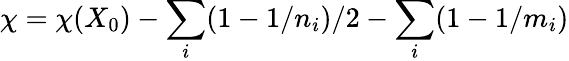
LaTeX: \chi=\chi(X_{0})-\sum_{i}(1-1/n_{i})/2-\sum_{i}(1-1/m_{i})